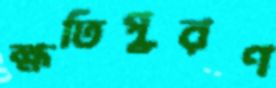
ক্ষতিপূরণ